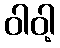
ဝါဝါ့